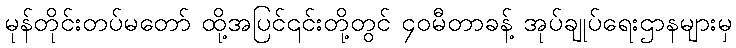
မုန်တိုင်းတပ်မတော် ထို့အပြင်၎င်းတို့တွင် ၄၀မီတာခန့် အုပ်ချုပ်ရေးဌာနများမှ